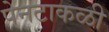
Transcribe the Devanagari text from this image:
पेनटाकळी